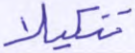
تنكيلا